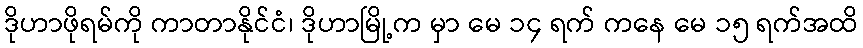
ဒိုဟာဖိုရမ်ကို ကာတာနိုင်ငံ၊ ဒိုဟာမြို့က မှာ မေ ၁၄ ရက် ကနေ မေ ၁၅ ရက်အထိ